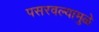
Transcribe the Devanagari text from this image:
पसरवल्यामुळे